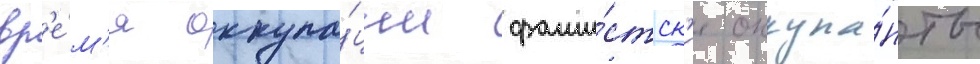
вр'е́м'я оккупа́ции фаши́стск'ие оккупа́нты